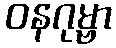
ဝနဂုမ္ဗာ